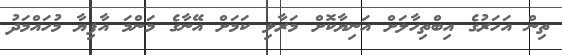
ތިން އަހަރުގެ އިބްތިހާލަށް އަނިޔާކޮށް މަރާލި ކަމަށް އޭނާގެ މަންމަ އާފިޔާ މުހައްމަދު